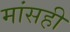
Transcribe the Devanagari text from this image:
मांसही